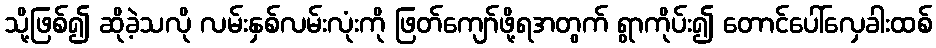
သို့ဖြစ်၍ ဆိုခဲ့သလို လမ်းနှစ်လမ်းလုံးကို ဖြတ်ကျော်ဖို့ရအတွက် ရွာကိုပ်း၍ တောင်ပေါ်လှေခါးထစ်